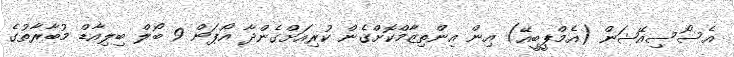
އެސޯސިއޭޝަން (އެމްޕީބީއޭ) އިން އިންތިޒާމްކޮށްގެން ކުރިއަށްގެންދާ އޯޕަން 9 ބޯލް ބިލިއާޑް މުބާރާތުގެ